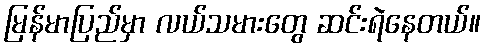
မြန်မာပြည်မှာ လယ်သမားတွေ ဆင်းရဲနေတယ်။